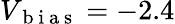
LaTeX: V_{\mathrm{~b~i~a~s~}}=-2.4